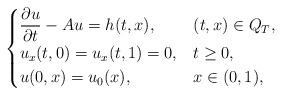
LaTeX: \begin{align*}\begin{cases}\displaystyle{\frac{\partial u}{\partial t}} - Au =h(t,x), & (t,x) \in Q_T,\\u_x(t,0)=u_x(t,1)=0, & t \ge 0, \\u(0,x)=u_0(x), & x \in (0,1),\end{cases}\end{align*}